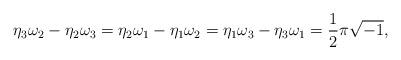
LaTeX: \begin{align*}\eta_3\omega_2-\eta_2\omega_3=\eta_2\omega_1-\eta_1\omega_2=\eta_1\omega_3-\eta_3\omega_1=\frac{1}{2}\pi\sqrt{-1}, \end{align*}